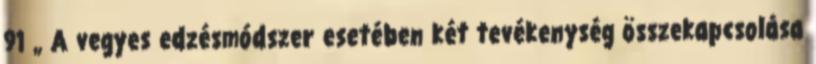
91 „ A vegyes edzésmódszer esetében két tevékenység összekapcsolása